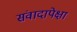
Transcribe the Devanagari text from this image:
संवादापेक्षा